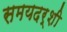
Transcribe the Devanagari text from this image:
समयदर्शी